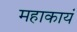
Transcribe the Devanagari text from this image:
महाकायं